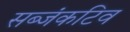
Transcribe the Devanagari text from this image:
सब्जंकटिव